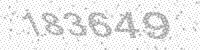
Solution: 183649